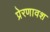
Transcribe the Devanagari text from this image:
प्रेरणावश